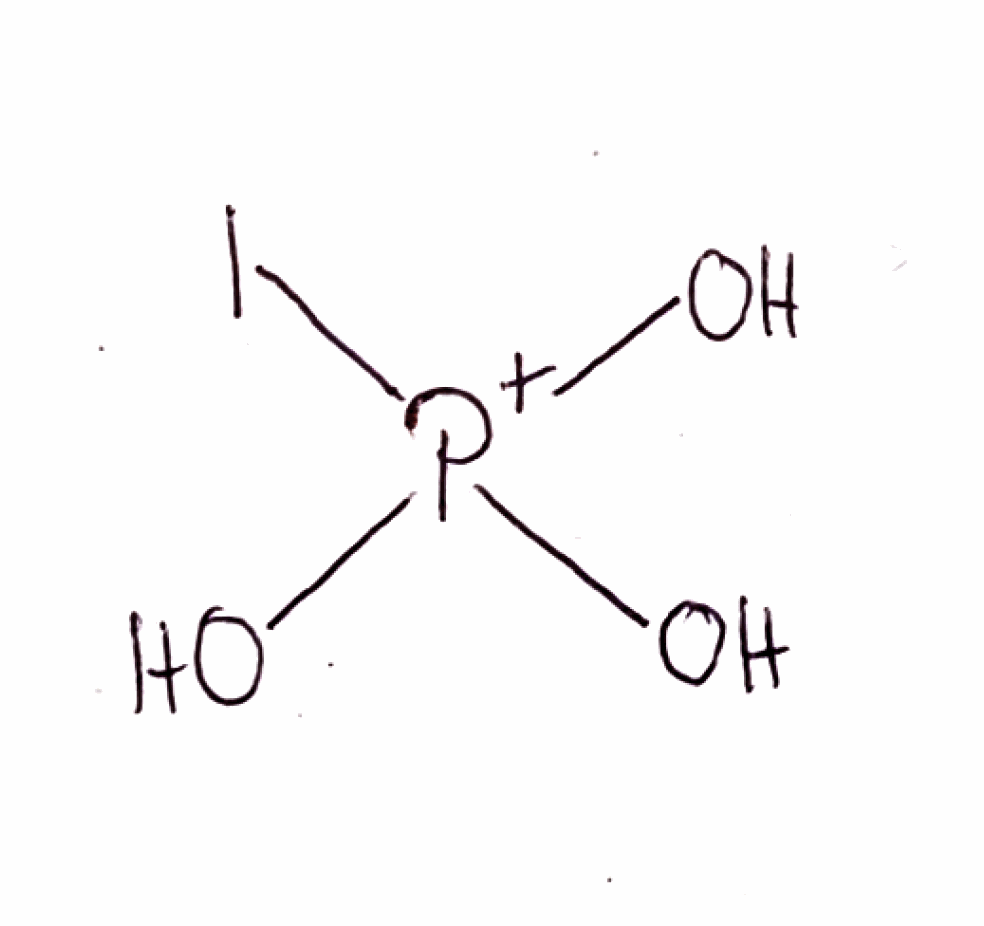
Simplified molecular-input line-entry system (SMILES) notation of the given molecule:
O[P+](O)(O)I